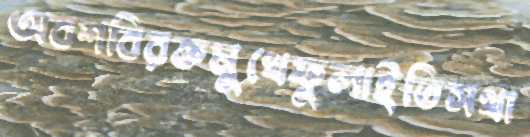
অবশবিরক্তমুখেফুলাইতিসথা